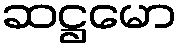
ဆဋ္ဌမော